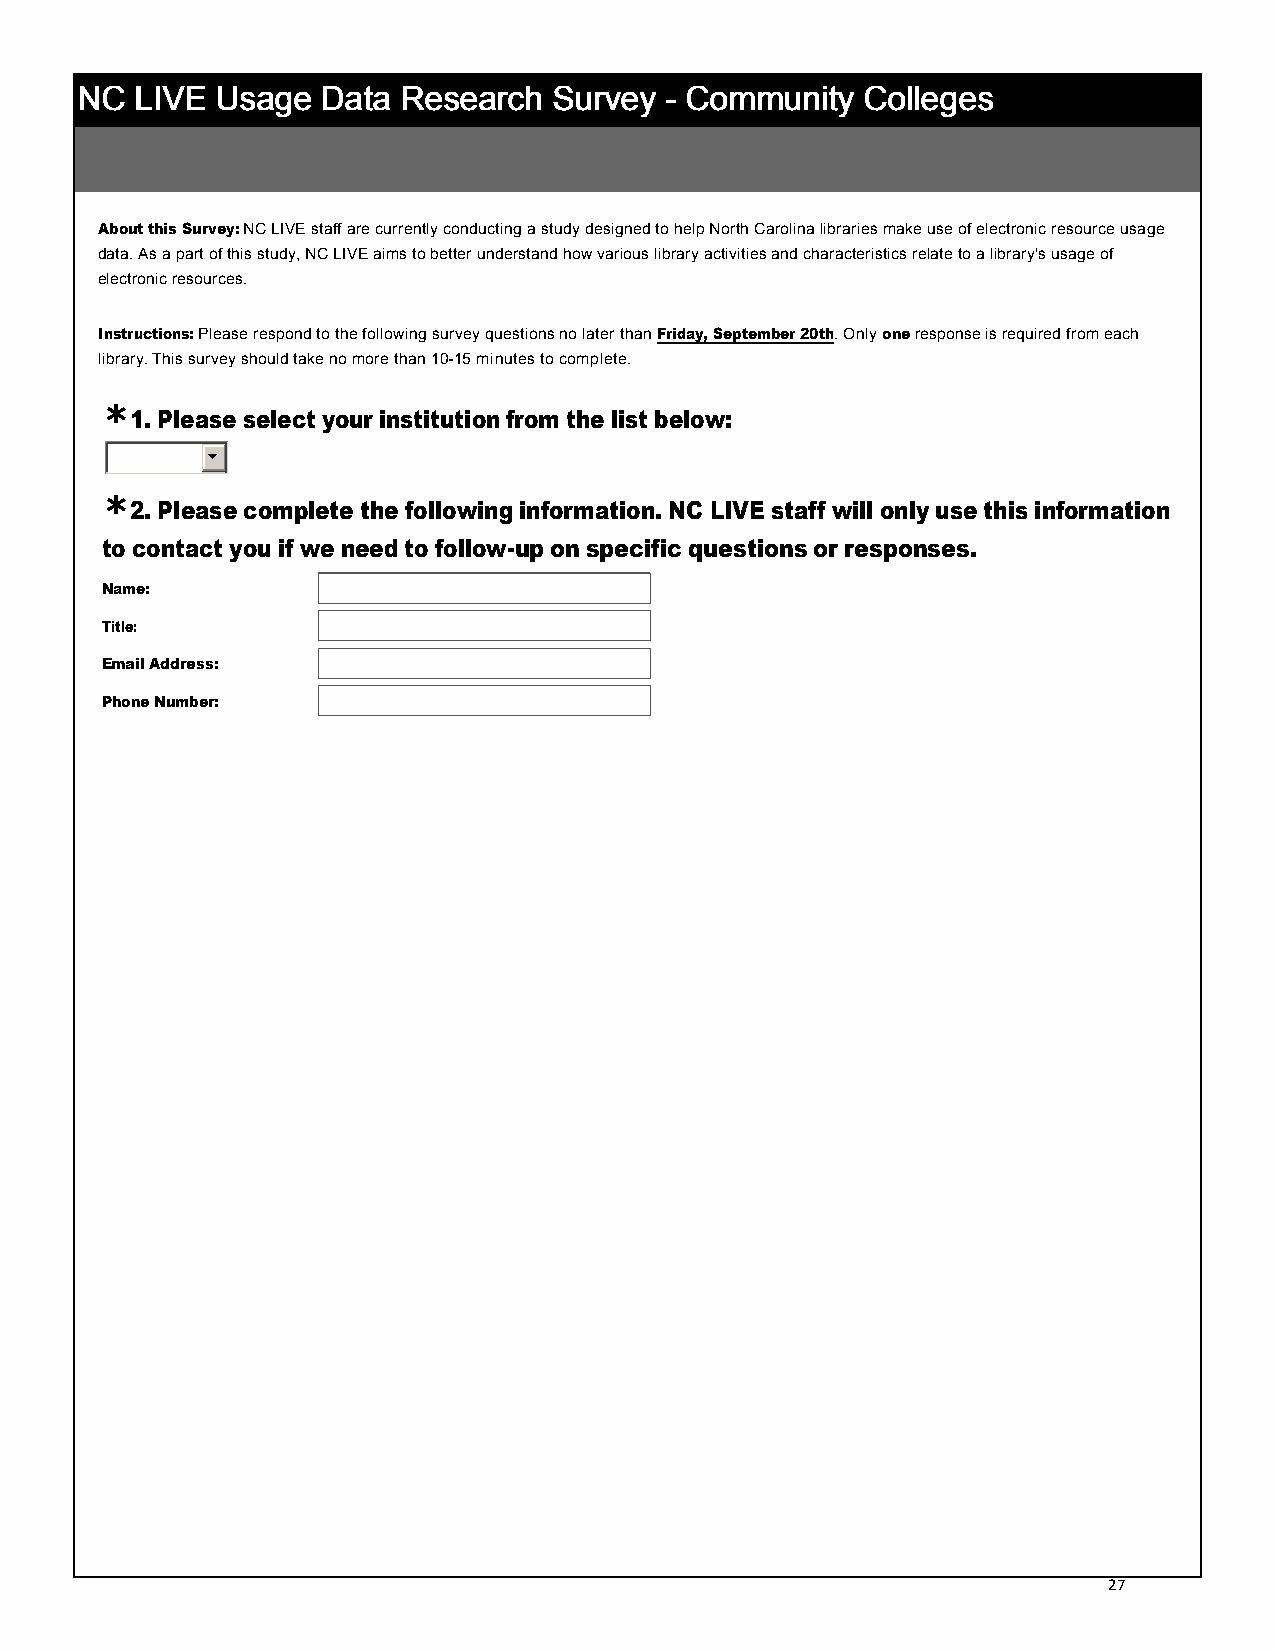
NNNNCCCC LLLLIIIIVVVVEEEE UUUUssssaaaaggggeeee DDDDaaaattttaaaa RRRReeeesssseeeeaaaarrrrcccchhhh SSSSuuuurrrrvvvveeeeyyyy ---- CCCCoooommmmmmmmuuuunnnniiiittttyyyy CCCCoooolllllllleeeeggggeeeessss
 About this Survey: NC LIVE staff are currently conducting a study designed to help North Carolina libraries make use of electronic resource usage
 data. As a part of this study, NC LIVE aims to better understand how various library activities and characteristics relate to a library's usage of
 electronic resources.
 Instructions: Please respond to the following survey questions no later than Friday, September 20th. Only one response is required from each
 library. This survey should take no more than 10-­15 minutes to complete.
 *
 1. Please select your institution from the list below:
 
 *
 2. Please complete the following information. NC LIVE staff will only use this information
 to contact you if we need to follow-­up on specific questions or responses.
 Name:
 Title:
 Email Address:
 Phone Number:
 27